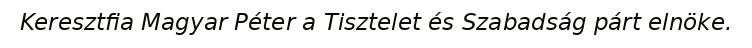
Keresztfia Magyar Péter a Tisztelet és Szabadság párt elnöke.